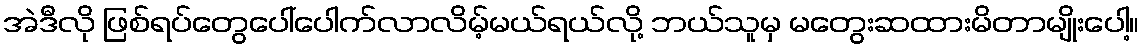
အဲဒီလို ဖြစ်ရပ်တွေပေါ်ပေါက်လာလိမ့်မယ်ရယ်လို့ ဘယ်သူမှ မတွေးဆထားမိတာမျိုးပေါ့။